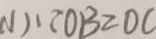
( 1 ) \because O B = O C